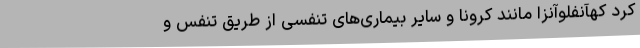
کرد کهآنفلوآنزا مانند کرونا و سایر بیماری‌های تنفسی از طریق تنفس و